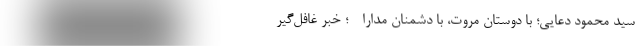
سید محمود دعایی؛ با دوستان مروت، با دشمنان مدارا - ؛ خبر غافل‌گیر